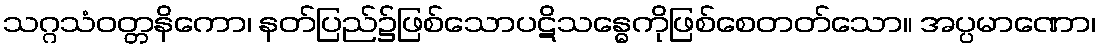
သဂ္ဂသံဝတ္တနိကော၊ နတ်ပြည်၌ဖြစ်သောပဋိသန္ဓေကိုဖြစ်စေတတ်သော။ အပ္ပမာဏော၊